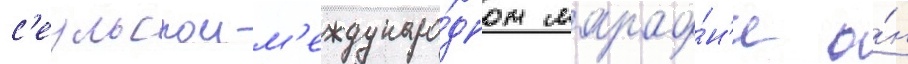
с'еульском м'еждунаро́дном марафо́н'е о́н